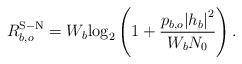
LaTeX: \begin{align*}R_{b,o}^{\rm{S-N}} = {W_b}{\log _2}\left( {1 + \frac{{{p_{b,o}}{{\left| {{h_b}} \right|}^2}}}{{{W_b}{N_0}}}} \right).\end{align*}